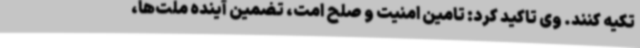
تکیه کنند. وی تاکید کرد: تامین امنیت و صلح امت، تضمین آینده ملت‌ها،